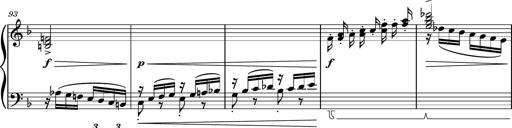
Title: Piano Sonatina II
Composer: Dimitri Sykias
Key: F major